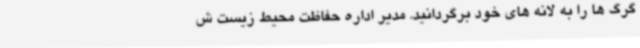
گرگ ها را به لانه های خود برگردانید. مدیر اداره حفاظت محیط زیست ش